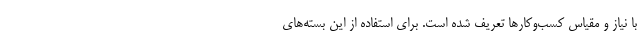
با نیاز و مقیاس کسب‌وکارها تعریف شده است. برای استفاده از این بسته‌های